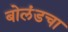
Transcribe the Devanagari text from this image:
बोलंडचा